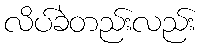
လိပ်ခဲတည်းလည်း